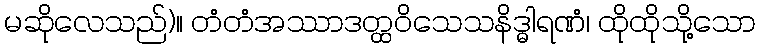
မဆိုလေသည်)။ တံတံအဿာဒတ္ထဝိသေသနိဒ္ဓါရဏံ၊ ထိုထိုသို့သော